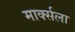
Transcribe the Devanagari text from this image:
मार्क्‍सला